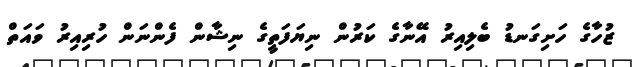
ޒުހާގެ ހަށިގަނޑު ބެލިއިރު އޭނާގެ ކަރުން ނިޔަފަތީގެ ނިޝާން ފެންނަން ހުރިއިރު ވައަތް